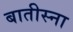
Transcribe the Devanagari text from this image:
बातीस्ना